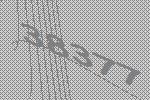
38377